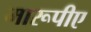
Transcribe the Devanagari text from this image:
मारूपीए